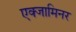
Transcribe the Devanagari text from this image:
एक्‍जामिनर